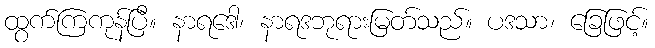
ထွက်ကြကုန်ပြီ။ နာရဒေါ၊ နာရဒဘုရားမြတ်သည်။ ပဒသာ၊ ခြေဖြင့်။